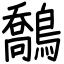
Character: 鷮